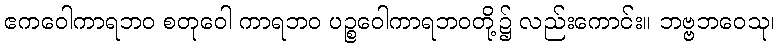
ဧကဝေါကာရဘဝ စတုဝေါ ကာရဘဝ ပဉ္စဝေါကာရဘဝတို့၌ လည်းကောင်း။ ဘဗ္ဗဘဝေသု၊